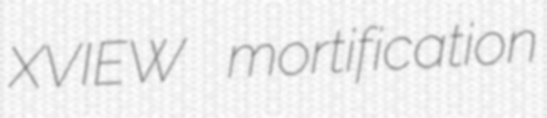
XVIEW mortification